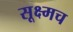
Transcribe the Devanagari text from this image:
सूक्ष्मच